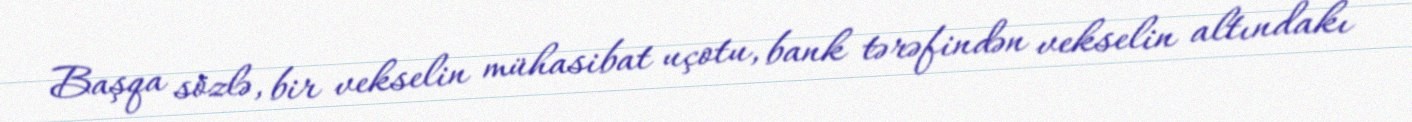
Başqa sözlə, bir vekselin mühasibat uçotu, bank tərəfindən vekselin altındakı